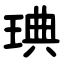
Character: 琠